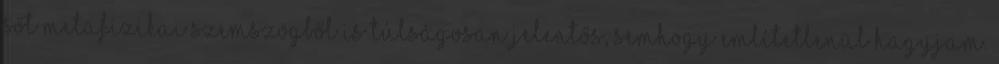
sőt metafizikai szemszögből is túlságosan jelentős, semhogy említetlenül hagyjam.